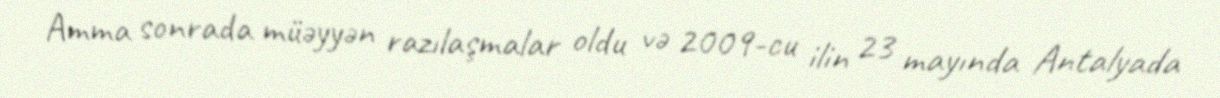
Amma sonrada müəyyən razılaşmalar oldu və 2009-cu ilin 23 mayında Antalyada